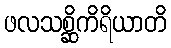
ဖလသစ္ဆိကိရိယာတိ